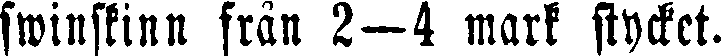
swinskinn från 2—4 mark stycket.